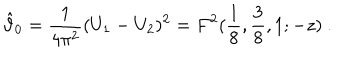
LaTeX: \hat { \vartheta } _ { 0 } = { \frac { 1 } { 4 \pi ^ { 2 } } } ( U _ { 1 } - U _ { 2 } ) ^ { 2 } = F ^ { 2 } ( { \frac { 1 } { 8 } } , { \frac { 3 } { 8 } } , 1 ; - z ) ~ .